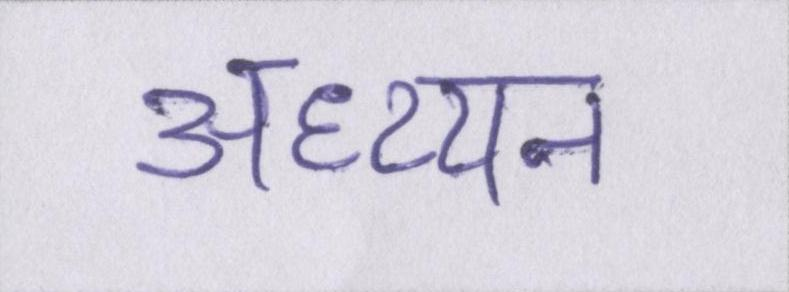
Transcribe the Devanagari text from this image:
अध्य्यन